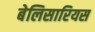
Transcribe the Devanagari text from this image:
बेलिसारियस